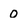
Character: 0